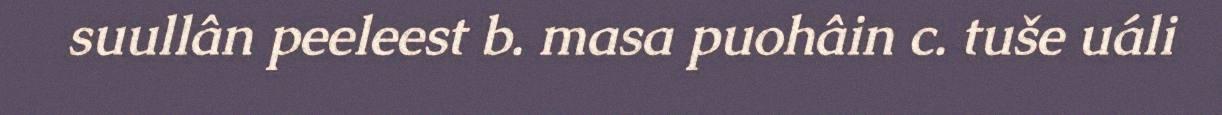
suullân peeleest b. masa puohâin c. tuše uáli